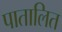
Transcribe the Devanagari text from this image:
पातालित